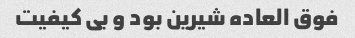
فوق العاده شیرین بود و بی کیفیت